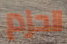
الحزم